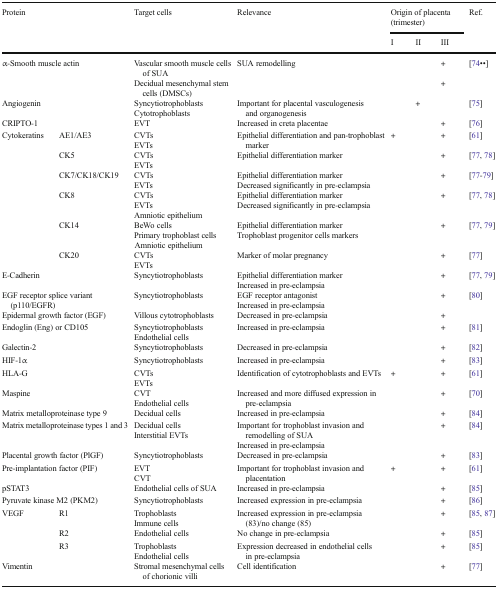
<table><thead><tr><td rowspan="2" colspan="2"><b>Protein</b></td><td rowspan="2"><b>Target cells</b></td><td rowspan="2"><b>Relevance</b></td><td colspan="3"><b>Origin of placenta (trimester)</b></td><td rowspan="2"><b>Ref.</b></td></tr><tr><td><b>I</b></td><td><b>II</b></td><td><b>III</b></td></tr></thead><tbody><tr><td colspan="2">α-Smooth muscle actin</td><td>Vascular smooth muscle cells of SUA</td><td>SUA remodelling</td><td></td><td></td><td>+</td><td>[74••]</td></tr><tr><td></td><td></td><td>Decidual mesenchymal stem cells (DMSCs)</td><td></td><td></td><td></td><td>+</td><td></td></tr><tr><td colspan="2">Angiogenin</td><td>SyncytiotrophoblastsCytotrophoblasts</td><td>Important for placental vasculogenesis and organogenesis</td><td></td><td>+</td><td></td><td>[75]</td></tr><tr><td colspan="2">CRIPTO-1</td><td>EVT</td><td>Increased in creta placentae</td><td></td><td></td><td>+</td><td>[76]</td></tr><tr><td rowspan="6">Cytokeratins</td><td>AE1/AE3</td><td>CVTsEVTs</td><td>Epithelial differentiation and pan-trophoblast marker</td><td>+</td><td></td><td>+</td><td>[61]</td></tr><tr><td>CK5</td><td>CVTsEVTs</td><td>Epithelial differentiation marker</td><td></td><td></td><td>+</td><td>[77, 78]</td></tr><tr><td>CK7/CK18/CK19</td><td>CVTsEVTs</td><td>Epithelial differentiation markerDecreased significantly in pre-eclampsia</td><td></td><td></td><td>+</td><td>[77-79]</td></tr><tr><td>CK8</td><td>CVTsEVTsAmniotic epithelium</td><td>Epithelial differentiation markerDecreased significantly in pre-eclampsia</td><td></td><td></td><td>+</td><td>[77, 78]</td></tr><tr><td>CK14</td><td>BeWo cellsPrimary trophoblast cells Amniotic epithelium</td><td>Epithelial differentiation markerTrophoblast progenitor cells markers</td><td></td><td></td><td>+</td><td>[77, 79]</td></tr><tr><td>CK20</td><td>CVTsEVTs</td><td>Marker of molar pregnancy</td><td></td><td></td><td>+</td><td>[77]</td></tr><tr><td colspan="2">E-Cadherin</td><td>Syncytiotrophoblasts</td><td>Epithelial differentiation markerIncreased in pre-eclampsia</td><td></td><td></td><td>+</td><td>[77, 79]</td></tr><tr><td colspan="2">EGF receptor splice variant (p110/EGFR)</td><td>Syncytiotrophoblasts</td><td>EGF receptor antagonistIncreased in pre-eclampsia</td><td></td><td></td><td>+</td><td rowspan="2">[80]</td></tr><tr><td colspan="2">Epidermal growth factor (EGF)</td><td>Villous cytotrophoblasts</td><td>Decreased in pre-eclampsia</td><td></td><td></td><td>+</td></tr><tr><td colspan="2">Endoglin (Eng) or CD105</td><td>SyncytiotrophoblastsEndothelial cells</td><td>Increased in pre-eclampsia</td><td></td><td></td><td>+</td><td>[81]</td></tr><tr><td colspan="2">Galectin-2</td><td>Syncytiotrophoblasts</td><td>Decreased in pre-eclampsia</td><td></td><td></td><td>+</td><td>[82]</td></tr><tr><td colspan="2">HIF-1α</td><td>Syncytiotrophoblasts</td><td>Increased in pre-eclampsia</td><td></td><td></td><td>+</td><td>[83]</td></tr><tr><td colspan="2">HLA-G</td><td>CVTsEVTs</td><td>Identification of cytotrophoblasts and EVTs</td><td>+</td><td></td><td>+</td><td>[61]</td></tr><tr><td colspan="2">Maspine</td><td>CVTEndothelial cells</td><td>Increased and more diffused expression in pre-eclampsia</td><td></td><td></td><td>+</td><td>[70]</td></tr><tr><td colspan="2">Matrix metalloproteinase type 9</td><td>Decidual cells</td><td>Increased in pre-eclampsia</td><td></td><td></td><td>+</td><td>[84]</td></tr><tr><td colspan="2">Matrix metalloproteinase types 1 and 3</td><td>Decidual cellsInterstitial EVTs</td><td>Important for trophoblast invasion and remodelling of SUAIncreased in pre-eclampsia</td><td></td><td></td><td>+</td><td>[84]</td></tr><tr><td colspan="2">Placental growth factor (PlGF)</td><td>Syncytiotrophoblasts</td><td>Decreased in pre-eclampsia</td><td></td><td></td><td>+</td><td>[83]</td></tr><tr><td colspan="2">Pre-implantation factor (PIF)</td><td>EVTCVT</td><td>Important for trophoblast invasion and placentation</td><td>+</td><td></td><td>+</td><td>[61]</td></tr><tr><td colspan="2">pSTAT3</td><td>Endothelial cells of SUA</td><td>Increased in pre-eclampsia</td><td></td><td></td><td>+</td><td>[85]</td></tr><tr><td colspan="2">Pyruvate kinase M2 (PKM2)</td><td>Syncytiotrophoblasts</td><td>Increased expression in pre-eclampsia</td><td></td><td></td><td>+</td><td>[86]</td></tr><tr><td rowspan="3">VEGF</td><td>R1</td><td>TrophoblastsImmune cells</td><td>Increased expression in pre-eclampsia (83)/no change (85)</td><td></td><td></td><td>+</td><td>[85, 87]</td></tr><tr><td>R2</td><td>Endothelial cells</td><td>No change in pre-eclampsia</td><td></td><td></td><td>+</td><td>[85]</td></tr><tr><td>R3</td><td>TrophoblastsEndothelial cells</td><td>Expression decreased in endothelial cells in pre-eclampsia</td><td></td><td></td><td>+</td><td>[85]</td></tr><tr><td colspan="2">Vimentin</td><td>Stromal mesenchymal cells of chorionic villi</td><td>Cell identification</td><td></td><td></td><td>+</td><td>[77]</td></tr></tbody></table>